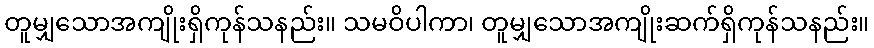
တူမျှသောအကျိုးရှိကုန်သနည်း။ သမဝိပါကာ၊ တူမျှသောအကျိုးဆက်ရှိကုန်သနည်း။